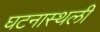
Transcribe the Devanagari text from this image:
घटनास्थली